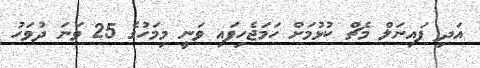
އަދި ފައިނަލް މެޗް ކުޅުމަށް ހަމަޖެހިފައި ވަނީ މިމަހުގެ 25 ވަނަ ދުވަހު